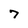
Character: 7